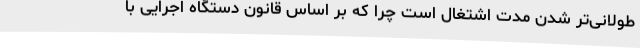
طولانی‌تر شدن مدت اشتغال است چرا که بر اساس قانون دستگاه اجرایی با